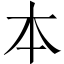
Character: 本